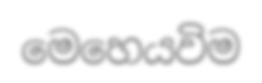
මෙහෙයවිම